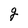
Character: S